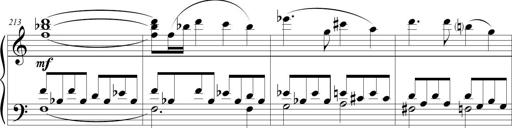
Title: Sonatina (Piano Sonata No.9)
Composer: Richard St. Clair